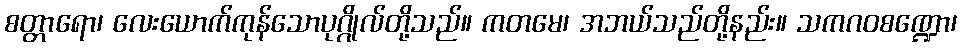
စတ္တာရော၊ လေးယောက်ကုန်သောပုဂ္ဂိုလ်တို့သည်။ ကတမေ၊ အဘယ်သည်တို့နည်း။ သကဂဝစဏ္ဍော၊